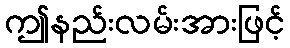
ဤနည်းလမ်းအားဖြင့်